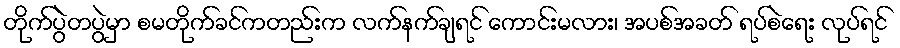
တိုက်ပွဲတပွဲမှာ စမတိုက်ခင်ကတည်းက လက်နက်ချရင် ကောင်းမလား၊ အပစ်အခတ် ရပ်စဲရေး လုပ်ရင်